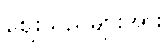
ဈေးသည်များအား